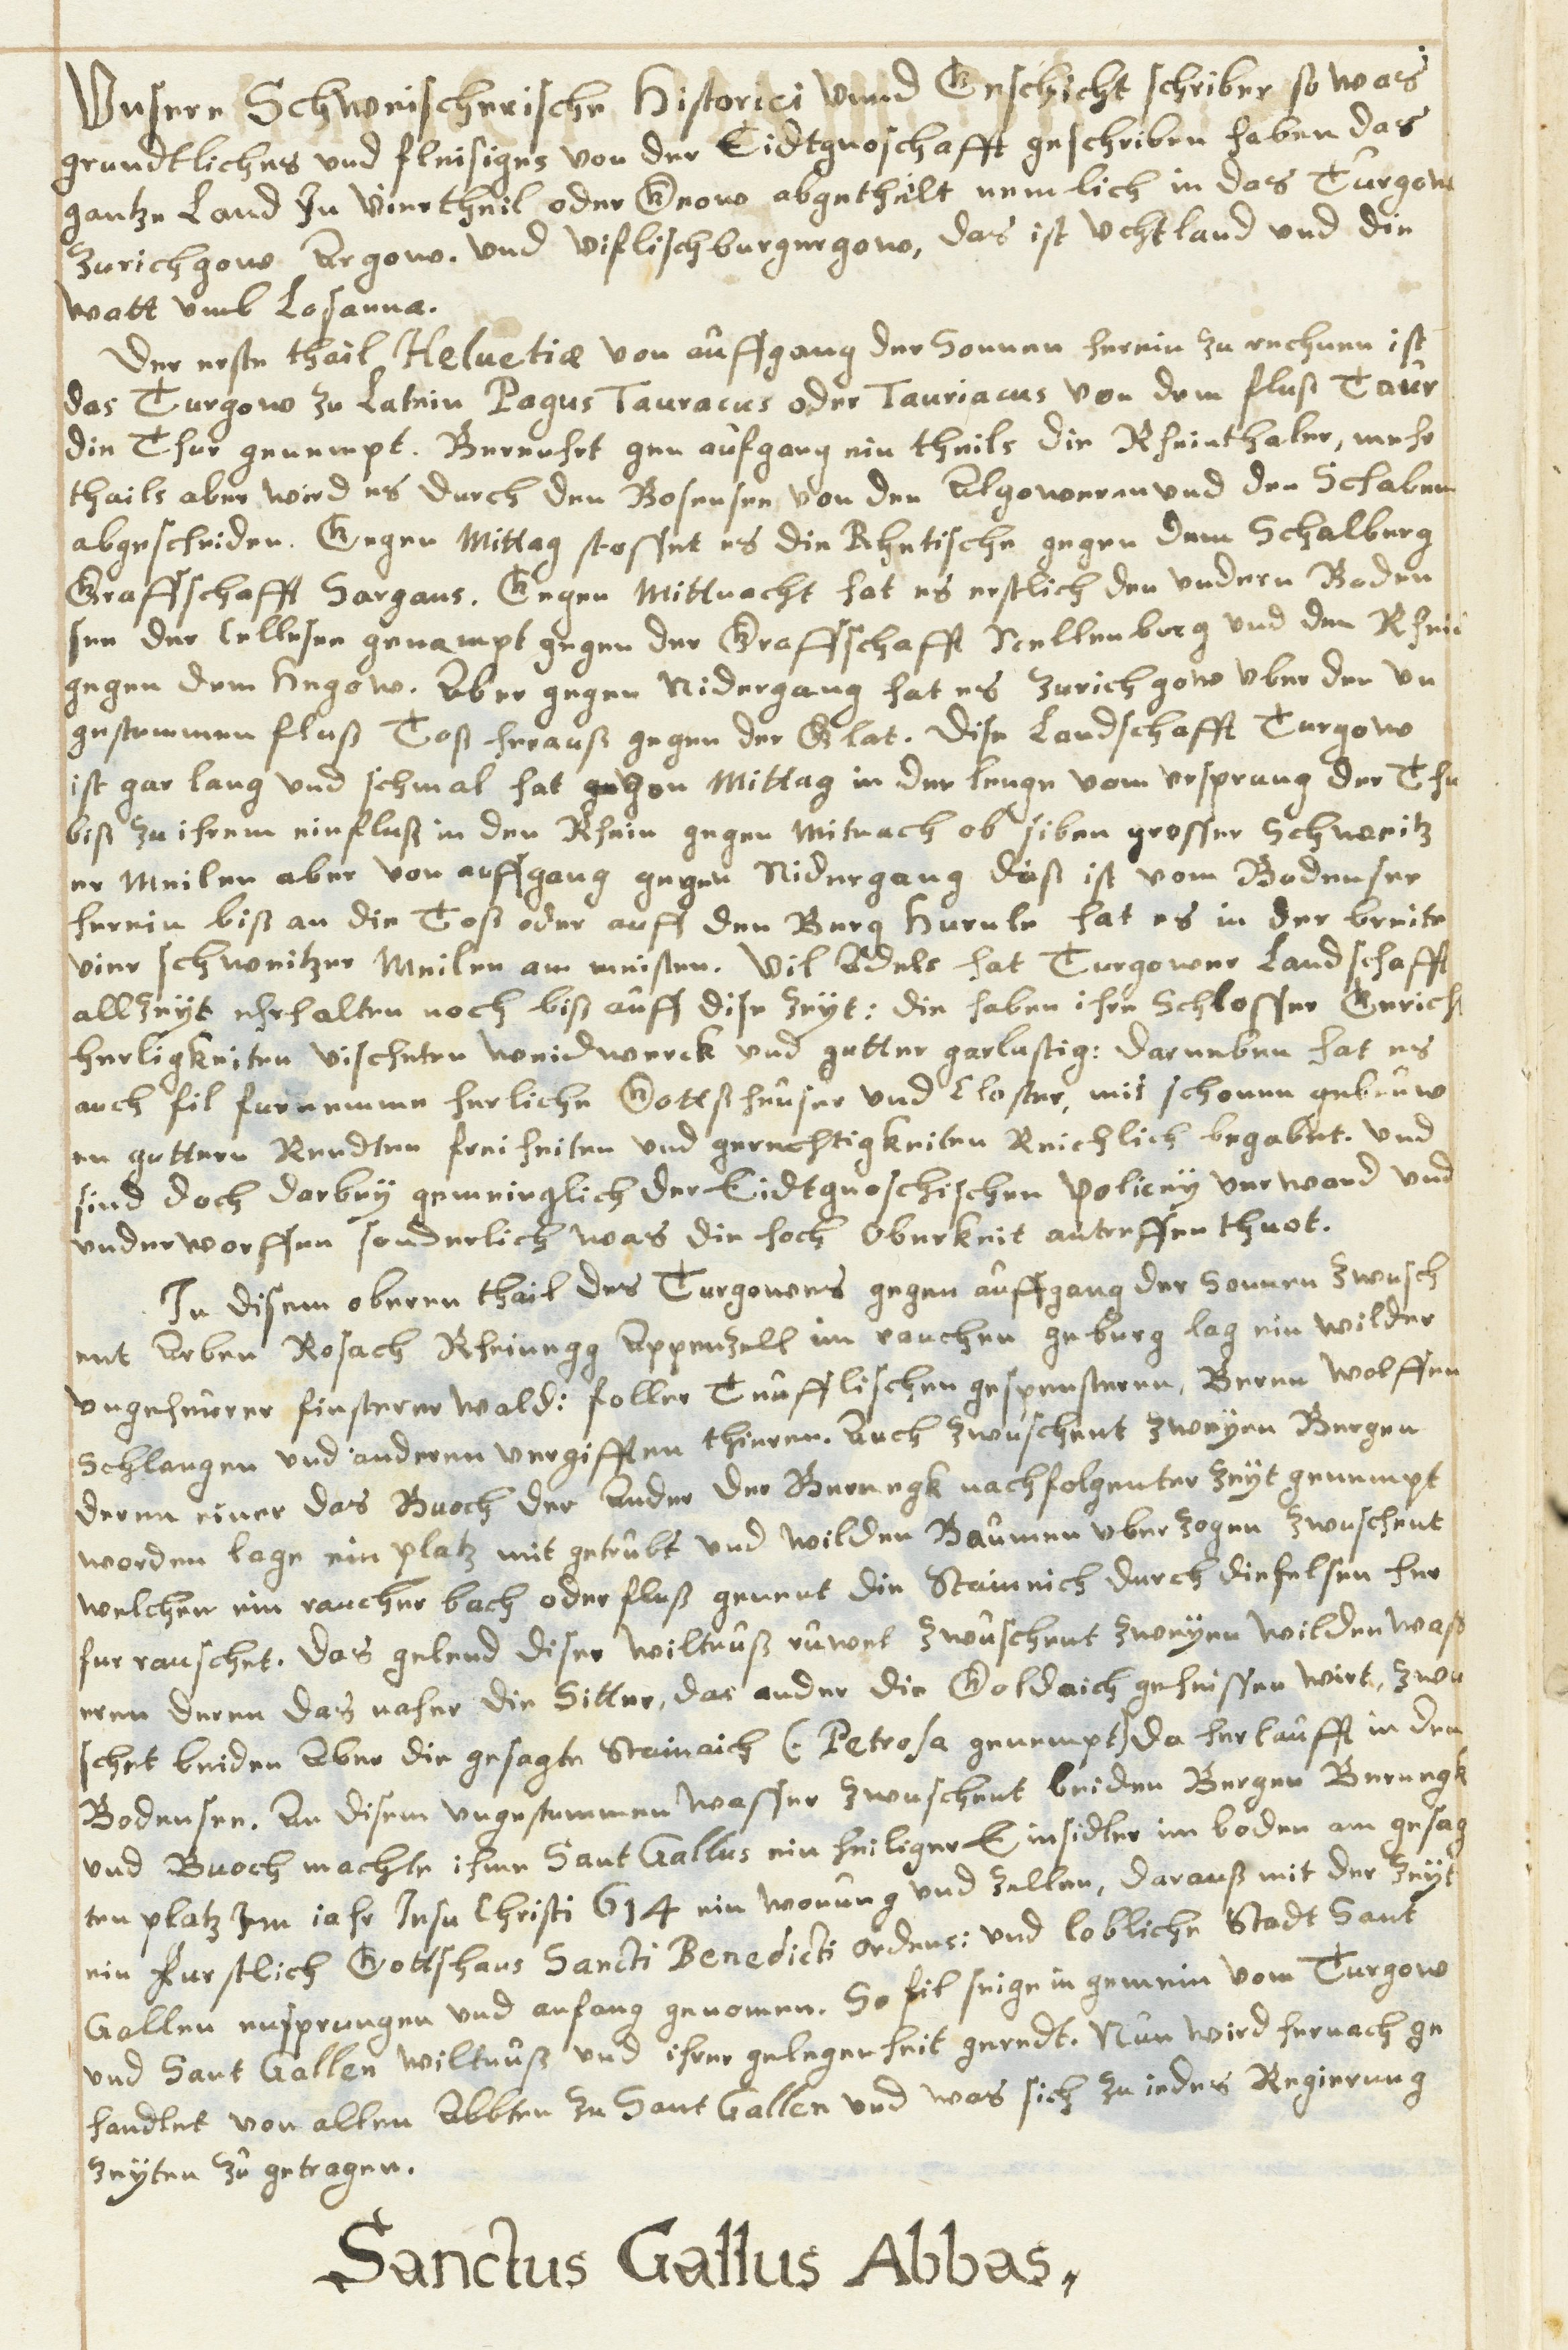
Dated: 1630–1680